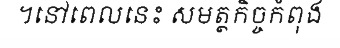
។នៅពេលនេះ សមត្ថកិច្ចកំពុង